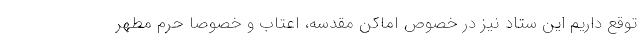
توقع داریم این ستاد نیز در خصوص اماکن مقدسه، اعتاب و خصوصا حرم مطهر